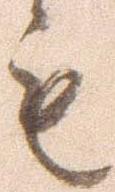
も